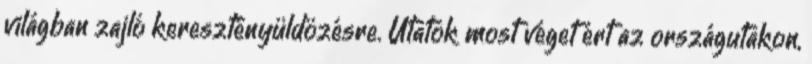
világban zajló keresztényüldözésre. Utatok most véget ért az országutakon,